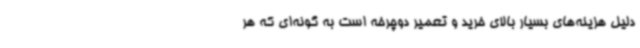
دلیل هزینه‌های بسیار بالای خرید و تعمیر دوچرخه است به گونه‌ای که هر